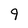
Character: 9